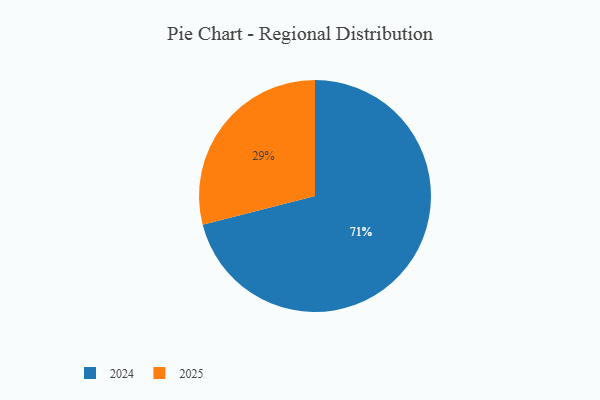
{"axis": {"x": "Category", "y": "Percentage"}, "legend": ["2024", "2025"], "data": [{"x": "2025", "y": 29, "type": "2025"}, {"x": "2024", "y": 71, "type": "2024"}]}